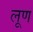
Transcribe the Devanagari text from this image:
लूण